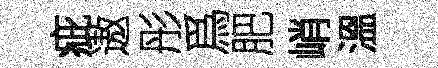
疵遨彤爲肥峭溫